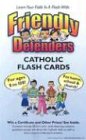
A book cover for Friendly Defenders Catholic Flash Cards; Matthew Pinto; Christian Books & Bibles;